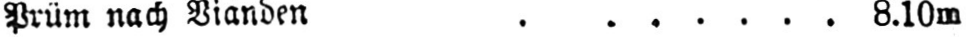
Prüm nach Bianden ....... 8.10m